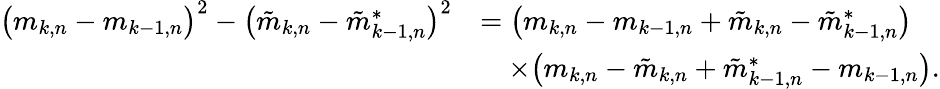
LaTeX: \begin{array}{rl}{\big(m_{k,n}-m_{k-1,n}\big)^{2}-\big(\tilde{m}_{k,n}-\tilde{m}_{k-1,n}^{*}\big)^{2}}&{=\big(m_{k,n}-m_{k-1,n}+\tilde{m}_{k,n}-\tilde{m}_{k-1,n}^{*}\big)}\\ &{\quad\times\big(m_{k,n}-\tilde{m}_{k,n}+\tilde{m}_{k-1,n}^{*}-m_{k-1,n}\big).}\end{array}